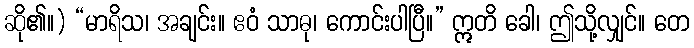
ဆို၏။) “မာရိသ၊ အချင်း။ ဧဝံ သာဓု၊ ကောင်းပါပြီ။” ဣတိ ခေါ၊ ဤသို့လျှင်။ တေ